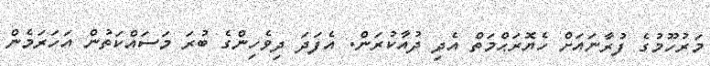
މަރުހޫމުގެ ފުރާނައަށް ހެޔޮރަޙްމަތް އެދި ދުއާކުރަން. އެފަދަ ދިވެހިންގެ ބުރަ މަސައްކަތުން އަހަރަމެން